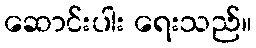
ဆောင်းပါး ရေးသည်။